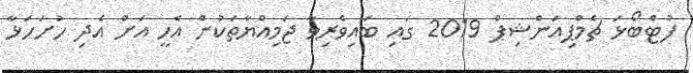
ފުޓްބޯޅަ ޗެމްޕިއަންޝިޕް 2019 ގައި ބައިވެރިވާ ޖަމިއްޔާތަކުން އެހީ އަށް އެދި ހުށަހަޅާ